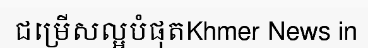
ជម្រើសល្អបំផុតKhmer News in